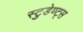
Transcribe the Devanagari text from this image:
स्टुडेण्ट्स